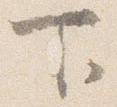
下